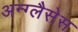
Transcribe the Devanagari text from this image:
अन्ग्लैसेस